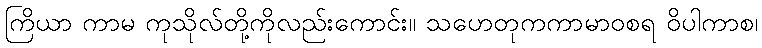
ကြိယာ ကာမ ကုသိုလ်တို့ကိုလည်းကောင်း။ သဟေတုကကာမာဝစရ ဝိပါကာစ၊